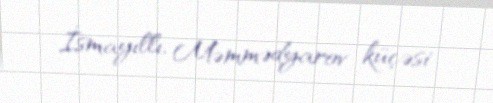
İsmayıllı, Məmmədyarov küçəsi